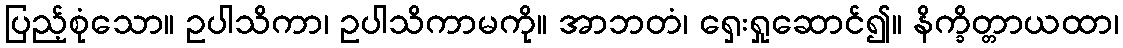
ပြည့်စုံသော။ ဥပါသိကာ၊ ဥပါသိကာမကို။ အာဘတံ၊ ရှေးရှုဆောင်၍။ နိက္ခိတ္တာယထာ၊